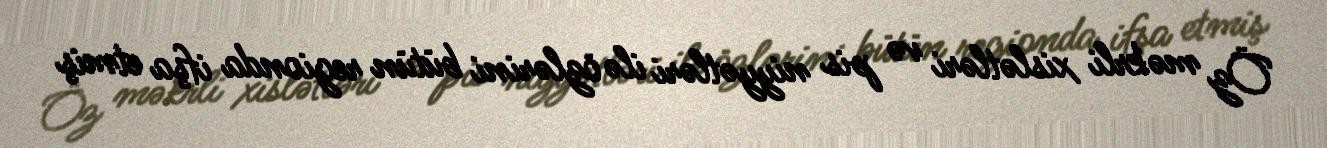
Öz məkrli xislətləri və pis niyyətləri ilə özlərini bütün regionda ifşa etmiş